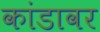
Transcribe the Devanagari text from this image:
कांडावर